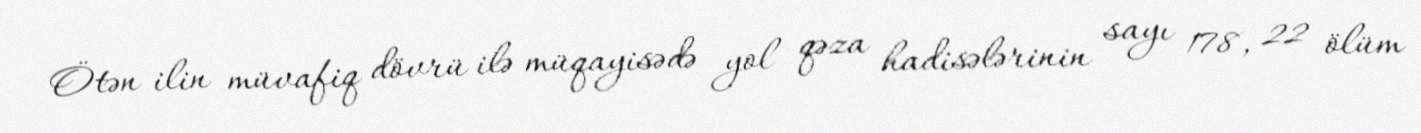
Ötən ilin müvafiq dövrü ilə müqayisədə yol qəza hadisələrinin sayı 178, 22 ölüm